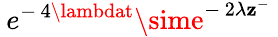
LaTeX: \: e^{-\, 4\lambdat}\sime^{-\, 2\lambda\mathbf{z}^{-}}\: